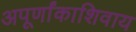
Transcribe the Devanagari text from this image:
अपूर्णांकाशिवाय